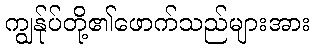
ကျွန်ုပ်တို့၏ဖောက်သည်များအား